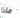
ماذا